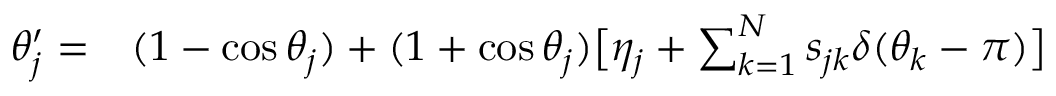
\begin{array} { r l } { \theta _ { j } ^ { \prime } = } & { { } ( 1 - \cos \theta _ { j } ) + ( 1 + \cos \theta _ { j } ) \big [ \eta _ { j } + \sum _ { k = 1 } ^ { N } s _ { j k } \delta ( \theta _ { k } - \pi ) \big ] } \end{array}